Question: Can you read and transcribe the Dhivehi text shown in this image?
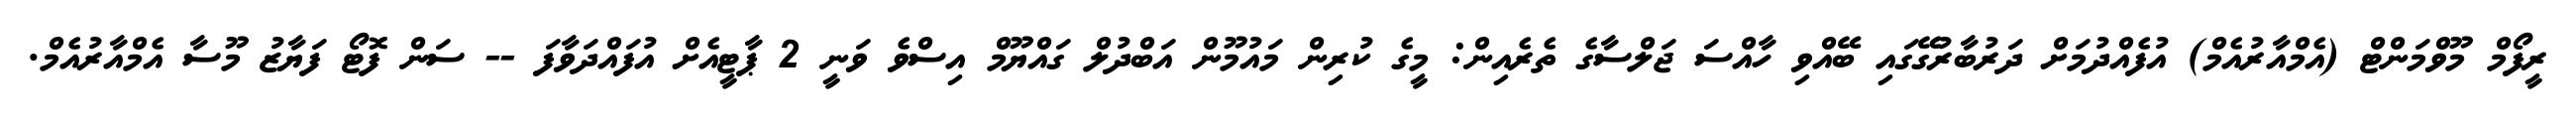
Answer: ރީފޯމް މޫވްމަންޓް (އެމްއާރުއެމް) އުފެއްދުމަށް ދަރުބާރުގޭގައި ބޭއްވި ހާއްސަ ޖަލްސާގެ ތެރެއިން: މީގެ ކުރިން މައުމޫން އަބްދުލް ގައްޔޫމް އިސްވެ ވަނީ 2 ޕާޓީއެށް އުފައްދަވާފަ -- ސަން ފޮޓޯ ފަޔާޒު މޫސާ އެމްއާރުއެމް.